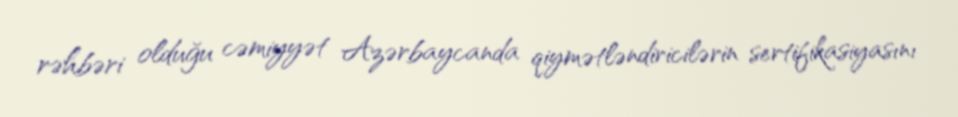
rəhbəri olduğu cəmiyyət Azərbaycanda qiymətləndiricilərin sertifikasiyasını